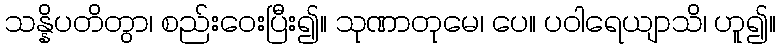
သန္နိပတိတွာ၊ စည်းဝေးပြီး၍။ သုဏာတုမေ၊ ပေ။ ပဝါရေယျာသိ၊ ဟူ၍။